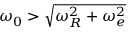
\omega _ { 0 } > \sqrt { \omega _ { R } ^ { 2 } + \omega _ { e } ^ { 2 } }